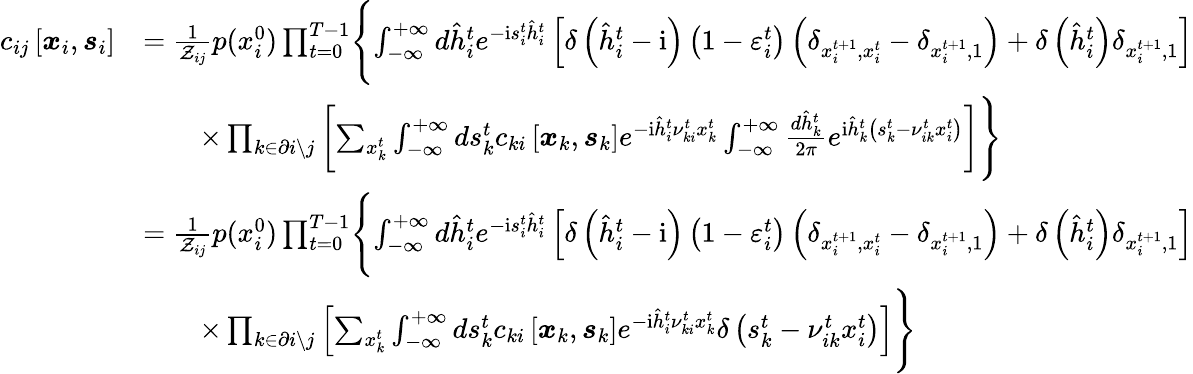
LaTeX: \begin{array}{rl}{c_{ij}\left[\boldsymbol{x}_{i},\boldsymbol{s}_{i}\right]}&{=\frac{1}{\mathcal{Z}_{ij}}p(x_{i}^{0})\prod_{t=0}^{T-1}\Biggl\{ \int_{-\infty}^{+\infty}d\hat{h}_{i}^{t}e^{-\mathrm{i}s_{i}^{t}\hat{h}_{i}^{t}}\left[\delta\left(\hat{h}_{i}^{t}-\mathrm{i}\right)\left(1-\varepsilon_{i}^{t}\right)\left(\delta_{x_{i}^{t+1},x_{i}^{t}}-\delta_{x_{i}^{t+1},1}\right)+\delta\left(\hat{h}_{i}^{t}\right)\delta_{x_{i}^{t+1},1}\right]}\\ &{\qquad\times\prod_{k\in\partial i\setminus j}\left[\sum_{x_{k}^{t}}\int_{-\infty}^{+\infty}ds_{k}^{t}c_{ki}\left[\boldsymbol{x}_{k},\boldsymbol{s}_{k}\right]e^{-\mathrm{i}\hat{h}_{i}^{t}\nu_{ki}^{t}x_{k}^{t}}\int_{-\infty}^{+\infty}\frac{d\hat{h}_{k}^{t}}{2\pi}e^{\mathrm{i}\hat{h}_{k}^{t}\left(s_{k}^{t}-\nu_{ik}^{t}x_{i}^{t}\right)}\right]\Biggr\} }\\ &{=\frac{1}{\mathcal{Z}_{ij}}p(x_{i}^{0})\prod_{t=0}^{T-1}\Biggl\{ \int_{-\infty}^{+\infty}d\hat{h}_{i}^{t}e^{-\mathrm{i}s_{i}^{t}\hat{h}_{i}^{t}}\left[\delta\left(\hat{h}_{i}^{t}-\mathrm{i}\right)\left(1-\varepsilon_{i}^{t}\right)\left(\delta_{x_{i}^{t+1},x_{i}^{t}}-\delta_{x_{i}^{t+1},1}\right)+\delta\left(\hat{h}_{i}^{t}\right)\delta_{x_{i}^{t+1},1}\right]}\\ &{\qquad\times\prod_{k\in\partial i\setminus j}\left[\sum_{x_{k}^{t}}\int_{-\infty}^{+\infty}ds_{k}^{t}c_{ki}\left[\boldsymbol{x}_{k},\boldsymbol{s}_{k}\right]e^{-\mathrm{i}\hat{h}_{i}^{t}\nu_{ki}^{t}x_{k}^{t}}\delta\left(s_{k}^{t}-\nu_{ik}^{t}x_{i}^{t}\right)\right]\Biggr\} }\end{array}